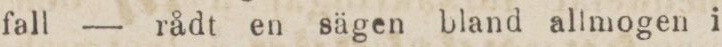
fall — rådt en sägen bland allmogen i